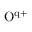
\mathrm { O ^ { q + } }